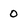
Character: O